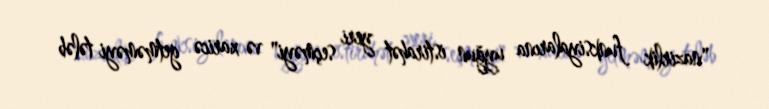
"nazirlik funksiyalarına uyğun istirahət yeri seçməyi" və xaricə getməməyi tələb